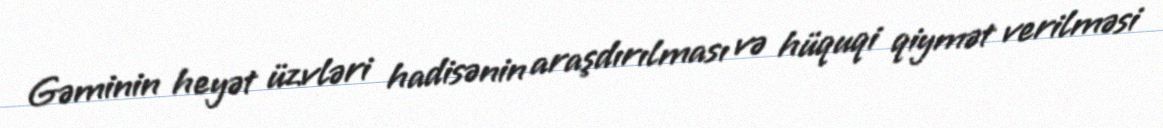
Gəminin heyət üzvləri hadisənin araşdırılması və hüquqi qiymət verilməsi